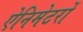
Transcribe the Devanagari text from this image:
ऐनिमेटरों